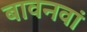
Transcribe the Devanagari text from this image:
बावनवां